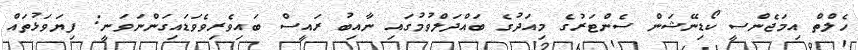
ހެލްތް އިމަޖެންސީ ކޯޑިނޭޝަން ސެންޓަރުގެ މިއަދުގެ ބައްދަލްވުމުގައި ނާއިބު ރައީސް ބައިވެރިވެވަޑައިގަންނަވަނީ: ފިޔަވަޅުތައް